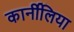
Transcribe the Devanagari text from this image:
कार्नीलिया